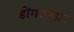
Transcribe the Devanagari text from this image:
डोंगरपठार